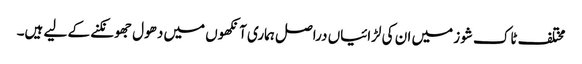
مختلف ٹاک شوز میں ان کی لڑائیاں دراصل ہماری آنکھوں میں دھول جھونکنے کے لیے ہیں۔